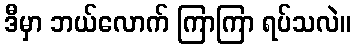
ဒီမှာ ဘယ်လောက် ကြာကြာ ရပ်သလဲ။